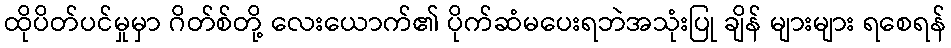
ထိုပိတ်ပင်မှုမှာ ဂိတ်စ်တို့ လေးယောက်၏ ပိုက်ဆံမပေးရဘဲအသုံးပြု ချိန် များများ ရစေရန်